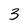
Character: 3